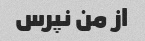
از من نپرس